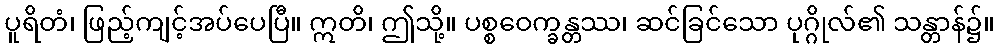
ပူရိတံ၊ ဖြည့်ကျင့်အပ်ပေပြီ။ ဣတိ၊ ဤသို့။ ပစ္စဝေက္ခန္တဿ၊ ဆင်ခြင်သော ပုဂ္ဂိုလ်၏ သန္တာန်၌။